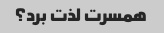
همسرت لذت برد؟